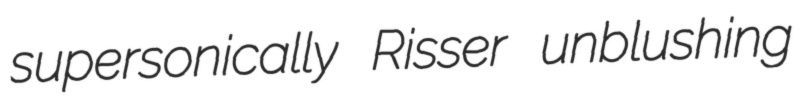
supersonically Risser unblushing